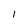
Character: l